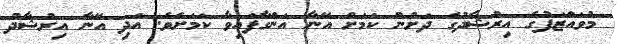
މުވައްޒަފުގެ އިރުޝާދުގެ ދަށުން ކަމަށް އޭނާ އަންގާފައިވާ ކަމަށެވެ. އަދި އޭނާ އިރުޝާދު